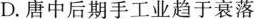
D.唐中后期手工业趋于衰落